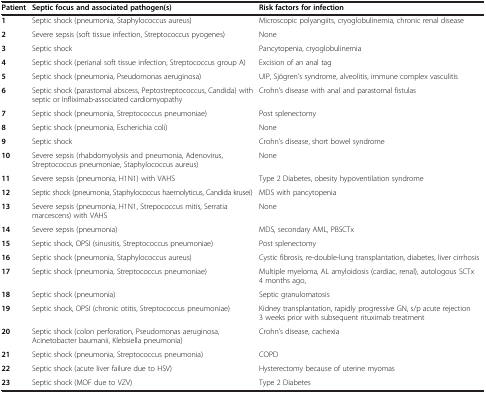
| Patient | Septic focus and associated pathogen(s) | Risk factors for infection |
 | --- | --- | --- |
 | 1 | Septic shock (pneumonia, Staphylococcus aureus) | Microscopic polyangiits, cryoglobulinemia, chronic renal disease |
 | 2 | Severe sepsis (soft tissue infection, Streptococcus pyogenes) | None |
 | 3 | Septic shock | Pancytopenia, cryoglobulinemia |
 | 4 | Septic shock (perianal soft tissue infection, Streptococcus group A) | Excision of an anal tag |
 | 5 | Septic shock (pneumonia, Pseudomonas aeruginosa) | UIP, Sjögren's syndrome, alveolitis, immune complex vasculitis |
 | 6 | Septic shock (parastomal abscess, Peptostreptococcus, Candida) with septic or Infliximab-associated cardiomyopathy | Crohn's disease with anal and parastomal fistulas |
 | 7 | Septic shock (pneumonia, Streptococcus pneumoniae) | Post splenectomy |
 | 8 | Septic shock (pneumonia, Escherichia coli) | None |
 | 9 | Septic shock | Crohn's disease, short bowel syndrome |
 | 10 | Severe sepsis (rhabdomyolysis and pneumonia, Adenovirus, Streptococcus pneumoniae, Staphylococcus aureus) | None |
 | 11 | Severe sepsis (pneumonia, H1N1) with VAHS | Type 2 Diabetes, obesity hypoventilation syndrome |
 | 12 | Septic shock (pneumonia, Staphylococcus haemolyticus, Candida krusei) | MDS with pancytopenia |
 | 13 | Severe sepsis (pneumonia, H1N1, Strepococcus mitis, Serratia marcescens) with VAHS | None |
 | 14 | Severe sepsis (pneumonia) | MDS, secondary AML, PBSCTx |
 | 15 | Septic shock, OPSI (sinusitis, Streptococcus pneumoniae) | Post splenectomy |
 | 16 | Septic shock (pneumonia, Staphylococcus aureus) | Cystic fibrosis, re-double-lung transplantation, diabetes, liver cirrhosis |
 | 17 | Septic shock (pneumonia, Streptococcus pneumoniae) | Multiple myeloma, AL amyloidosis (cardiac, renal), autologous SCTx 4 months ago, |
 | 18 | Septic shock (pneumonia) | Septic granulomatosis |
 | 19 | Septic shock, OPSI (chronic otitis, Streptococcus pneumoniae) | Kidney transplantation, rapidly progressive GN, s/p acute rejection 3 weeks prior with subsequent rituximab treatment |
 | 20 | Septic shock (colon perforation, Pseudomonas aeruginosa, Acinetobacter baumanii, Klebsiella pneumonia) | Crohn’s disease, cachexia |
 | 21 | Septic shock (pneumonia, Streptococcus pneumonia) | COPD |
 | 22 | Septic shock (acute liver failure due to HSV) | Hysterectomy because of uterine myomas |
 | 23 | Septic shock (MOF due to VZV) | Type 2 Diabetes |